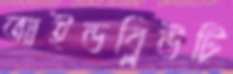
আইডব্লিউটি